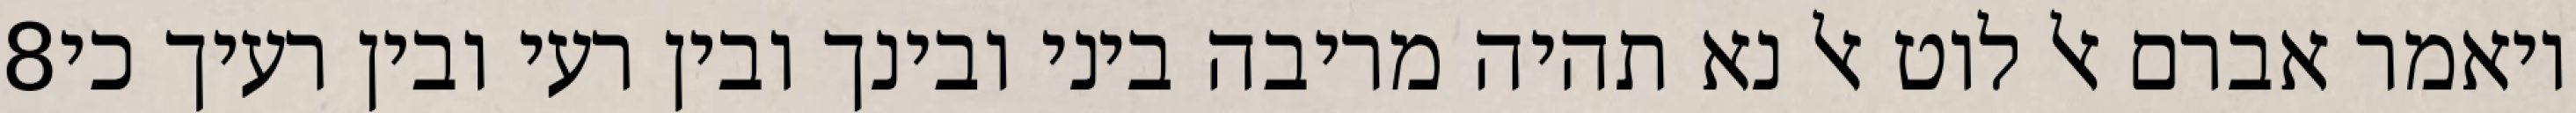
‎8‏ ויאמר אברם אל לוט אל נא תהיה מריבה ביני ובינך ובין רעי ובין רעיך כי